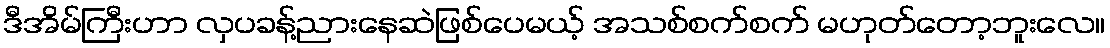
ဒီအိမ်ကြီးဟာ လှပခန့်ညားနေဆဲဖြစ်ပေမယ့် အသစ်စက်စက် မဟုတ်တော့ဘူးလေ။